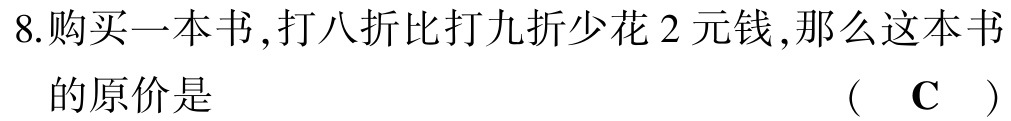
8.购买一本书,打八折比打九折少花2 元钱,那么这本书
的原价是 （ C ）